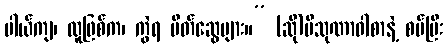
ပါယ်ကျ၊ လူဖြစ်က၊ ကွဲရ မိတ်ဆွေများ။” (ဆို)ပိသုဏာဝါစာနဲ့ စပ်ပြီး